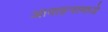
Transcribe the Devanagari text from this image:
आवाहनामध्ये